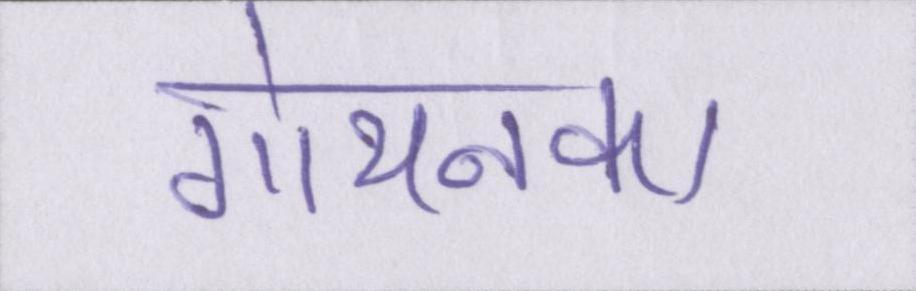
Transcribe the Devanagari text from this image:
गोयनका